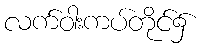
လက်ဝါးကပ်တိုင်၌